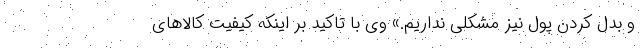
و بدل کردن پول نیز مشکلی نداریم.» وی با تاکید بر اینکه کیفیت کالاهای